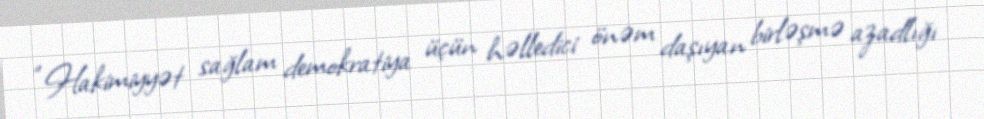
“Hakimiyyət sağlam demokratiya üçün həlledici önəm daşıyan birləşmə azadlığı